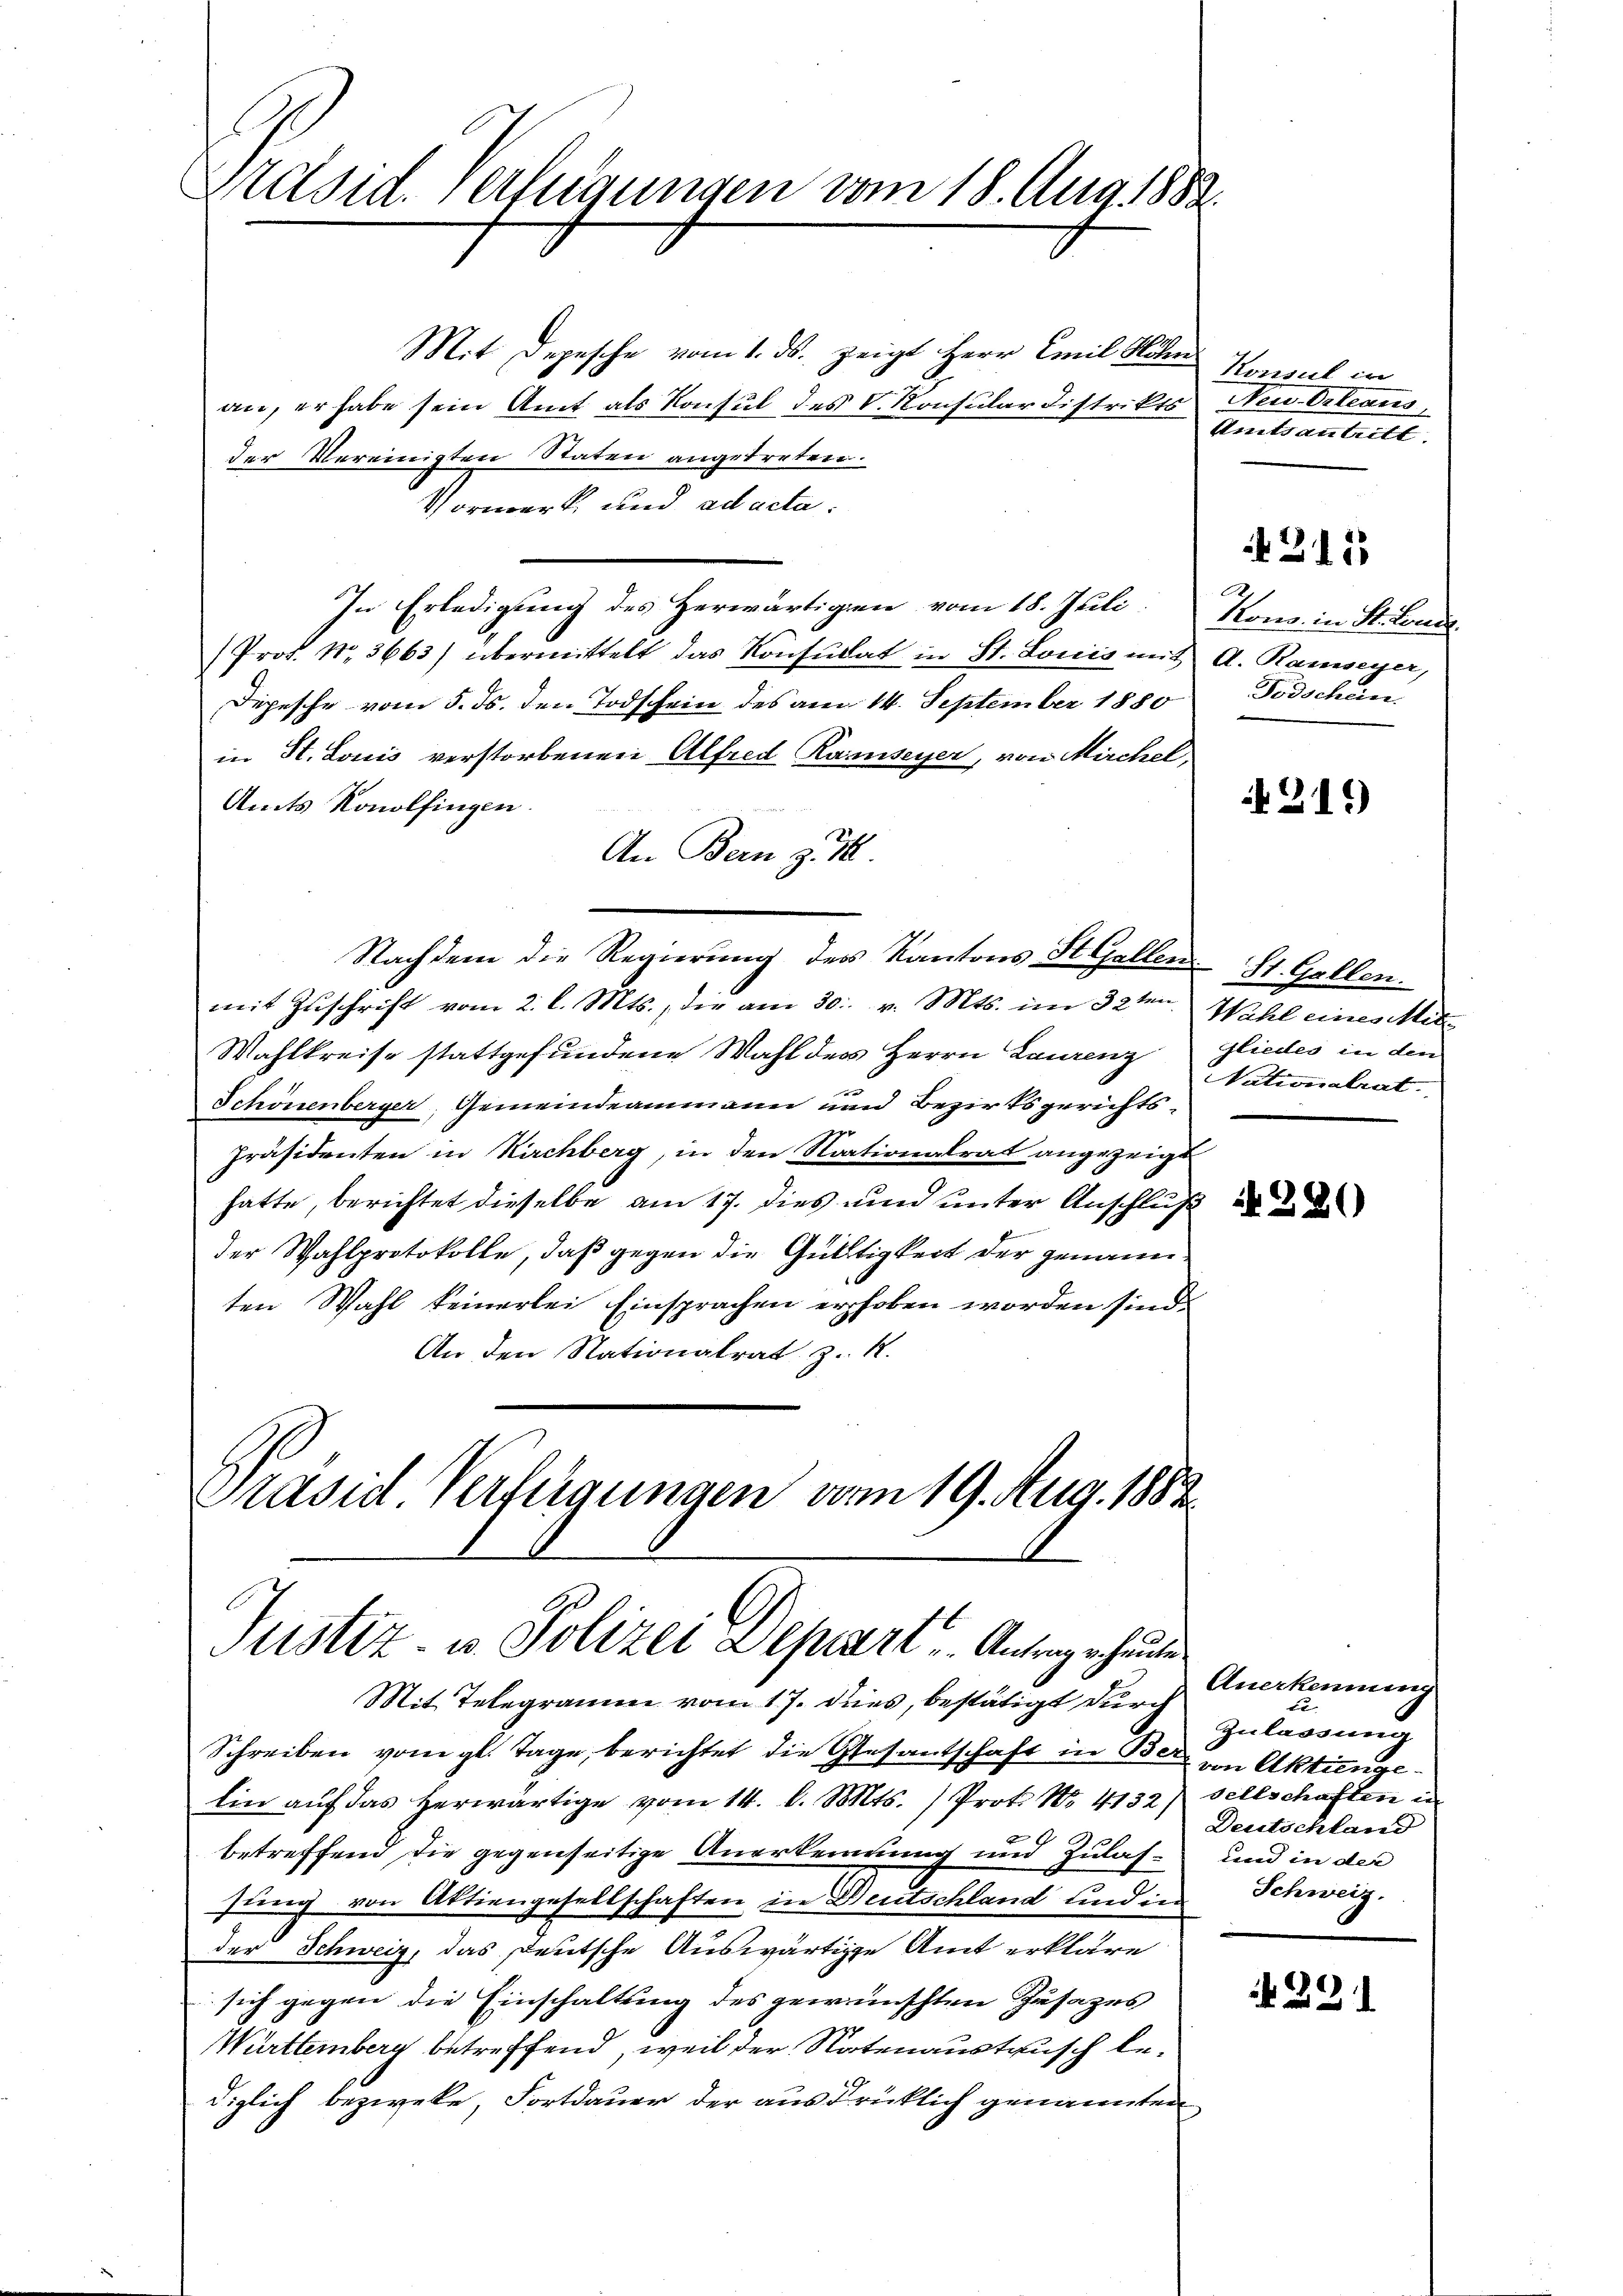
Präsid. Verfügungen vom 18. Aug. 1882.

Mit Depesche vom 1. ds. zeigt Herr Emil Höhen
an, er habe sein Amt als Konsul des V. Konsular Distrikts Neu-Orleans,
der Vereinigten Staten angetreten.
Vormerk und ad acta.
In Erledigung des Herwärtigen vom 18. Juli
Prof. No. 3663) übermittelt das Konsulat in St. Louis mit A. Ramseyer,
Depesche vom 5. ds. den Todschein des am 14. September 1880 Todschein
in St. Louis verstorbenen Alfred Ramseyer, von Mirchel
Amts Konolfingen.
An Bern d. M.
Nachdem die Regierung des Kantons St. Gallen St. Gallen.
mit Zuschrift vom 2. l. Mts., die am 30. v. Mts. im 32ten Wahl eines Mite
Wahlkreise stattgefundene Wahl des Herrn Laurenz
r
Schönenberger, Gemeindeammann und Bezirksgerichts¬
29 x
Präsidenten in Kirchberg, in den Stationalrat angezeigt
hatte, berichtet dieselbe am 17. dies und unter Anschluß de
der Wahlprotokolle, daß gegen die Gültigkeit der genannten Wahl keinerlei Einsprachen erhoben worden sind.
An den Nationalrat z. B.
Präsid. Verfügungen vom 19. Aug. 1882.

Justiz- u. Polizei Depart - Antrag erhause
Mit Telegramm vom 17. dies, bestätigt durch

Konsul in
Umtsantritt.

Schreiben vom gl. Tage, berichtet die Gesantschaft in Ber
Ein aŭf das herwärtige vom 14. d. Mts. ) Prot. No. 4132) sellschaften in
betreffend die gegenseitige Anerkennung und Zulas- und in der
sung von Aktiengesellschaften in Deutschland und in Schweiz.
der Schweiz, das Deutsche Auswärtige Amt erkläre
sich gegen die Einschaltung des gewünschten Zusages
Württemberg betreffend, weil der Notenaustausch bediglich bezweke, Fortdauer der ausdrücklich genannten

it 315

Kons. in St. Lande

431.

Gliedes in den
Nationalrat.

Anerkennung
Zulassung
 von Aktienge¬
Deutschland

29.